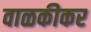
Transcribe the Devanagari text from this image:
वाळकीकर